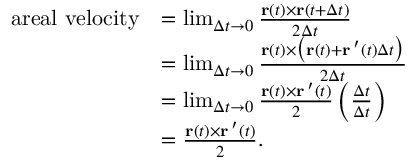
{ \begin{array} { r l } { { \mathrm { a r e a l ~ v e l o c i t y } } } & { = \operatorname* { l i m } _ { \Delta t \rightarrow 0 } { \frac { \mathbf { r } ( t ) \times \mathbf { r } ( t + \Delta t ) } { 2 \Delta t } } } \\ & { = \operatorname* { l i m } _ { \Delta t \rightarrow 0 } { \frac { \mathbf { r } ( t ) \times { \bigl ( } \mathbf { r } ( t ) + \mathbf { r } \, ^ { \prime } ( t ) \Delta t { \bigr ) } } { 2 \Delta t } } } \\ & { = \operatorname* { l i m } _ { \Delta t \rightarrow 0 } { \frac { \mathbf { r } ( t ) \times \mathbf { r } \, ^ { \prime } ( t ) } { 2 } } \left( { \frac { \Delta t } { \Delta t } } \right) } \\ & { = { \frac { \mathbf { r } ( t ) \times \mathbf { r } \, ^ { \prime } ( t ) } { 2 } } . } \end{array} }